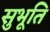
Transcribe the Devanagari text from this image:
सुभूति